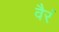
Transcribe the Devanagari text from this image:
वैरं